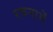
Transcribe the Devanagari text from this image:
रचनामें